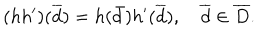
( h h ^ { \prime } ) ( \overline { { { d } } } ) = h ( \bar { d } ) h ^ { \prime } ( \overline { { { d } } } ) , \quad \overline { { { d } } } \in \overline { { { D } } } .